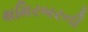
થમિરબરની